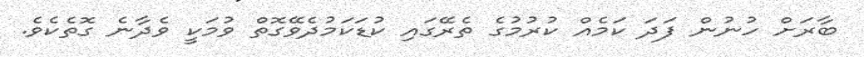
ބާރަށް ހުނުން ފަދަ ކަމެއް ކުރުމުގެ ތެރޭގައި ކުޑަކަމުދެވޭގޮތް ވުމަކީ ވެދާނެ ގޮތެކެވެ.